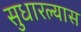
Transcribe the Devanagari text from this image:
सुधारल्यास